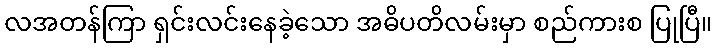
လအတန်ကြာ ရှင်းလင်းနေခဲ့သော အဓိပတိလမ်းမှာ စည်ကားစ ပြုပြီ။